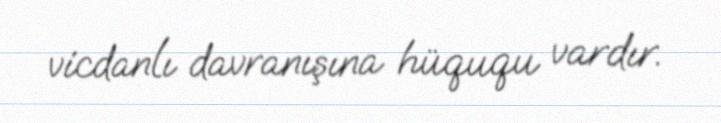
vicdanlı davranışına hüququ vardır.